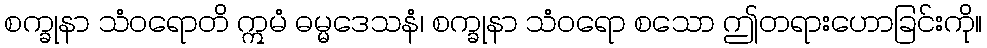
စက္ခုနာ သံဝရောတိ ဣမံ ဓမ္မဒေသနံ၊ စက္ခုနာ သံဝရော စသော ဤတရားဟောခြင်းကို။